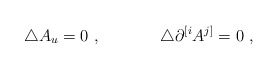
\begin{align*}\triangle A_u = 0\ , \hskip 1.5truecm \triangle\partial^{[i}A^{j]} =0\ ,\end{align*}